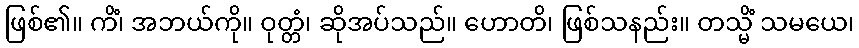
ဖြစ်၏။ ကိံ၊ အဘယ်ကို။ ဝုတ္တံ၊ ဆိုအပ်သည်။ ဟောတိ၊ ဖြစ်သနည်း။ တသ္မိံ သမယေ၊